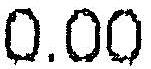
0.00